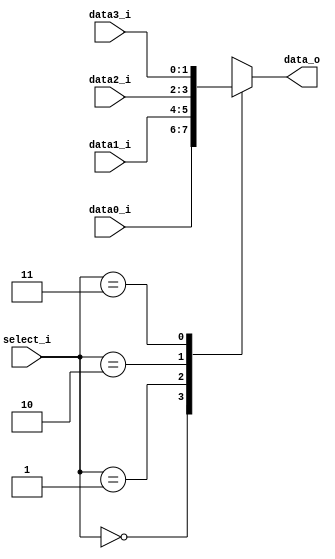
//Subject:     CO project 3 - MUX 421
//--------------------------------------------------------------------------------
//Version:     1
//--------------------------------------------------------------------------------
//Writer:       110550093
//----------------------------------------------
//Date:        
//----------------------------------------------
//Description: 
//--------------------------------------------------------------------------------
module MUX_4to1(
    data0_i,
    data1_i,
    data2_i,
    data3_i,
    select_i,
    data_o
);

parameter size = 0;			   
			
//I/O ports               
input   [size-1:0] data0_i;          
input   [size-1:0] data1_i;
input   [size-1:0] data2_i;
input   [size-1:0] data3_i;
input   [2-1:0]    select_i;
output  [size-1:0] data_o; 

//Internal Signals
reg     [size-1:0] data_o;

//Main function
always @(*) begin
    case(select_i) 
        2'b00: data_o <= data0_i;
        2'b01: data_o <= data1_i;
        2'b10: data_o <= data2_i;
        2'b11: data_o <= data3_i;
    endcase
end

endmodule